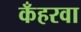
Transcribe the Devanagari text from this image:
कँहरवा